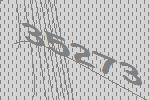
35273